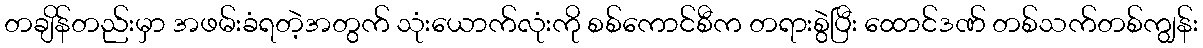
တချိန်တည်းမှာ အဖမ်းခံရတဲ့အတွက် သုံးယောက်လုံးကို စစ်ကောင်စီက တရားစွဲပြီး ထောင်ဒဏ် တစ်သက်တစ်ကျွန်း